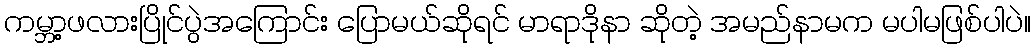
ကမ္ဘာ့ဖလားပြိုင်ပွဲအကြောင်း ပြောမယ်ဆိုရင် မာရာဒိုနာ ဆိုတဲ့ အမည်နာမက မပါမဖြစ်ပါပဲ။